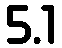
5.1